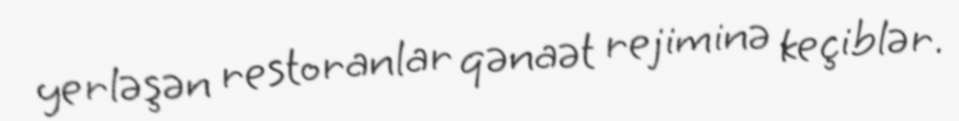
yerləşən restoranlar qənaət rejiminə keçiblər.